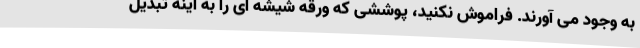
به وجود می آورند. فراموش نکنید، پوششی که ورقه شیشه ای را به آینه تبدیل